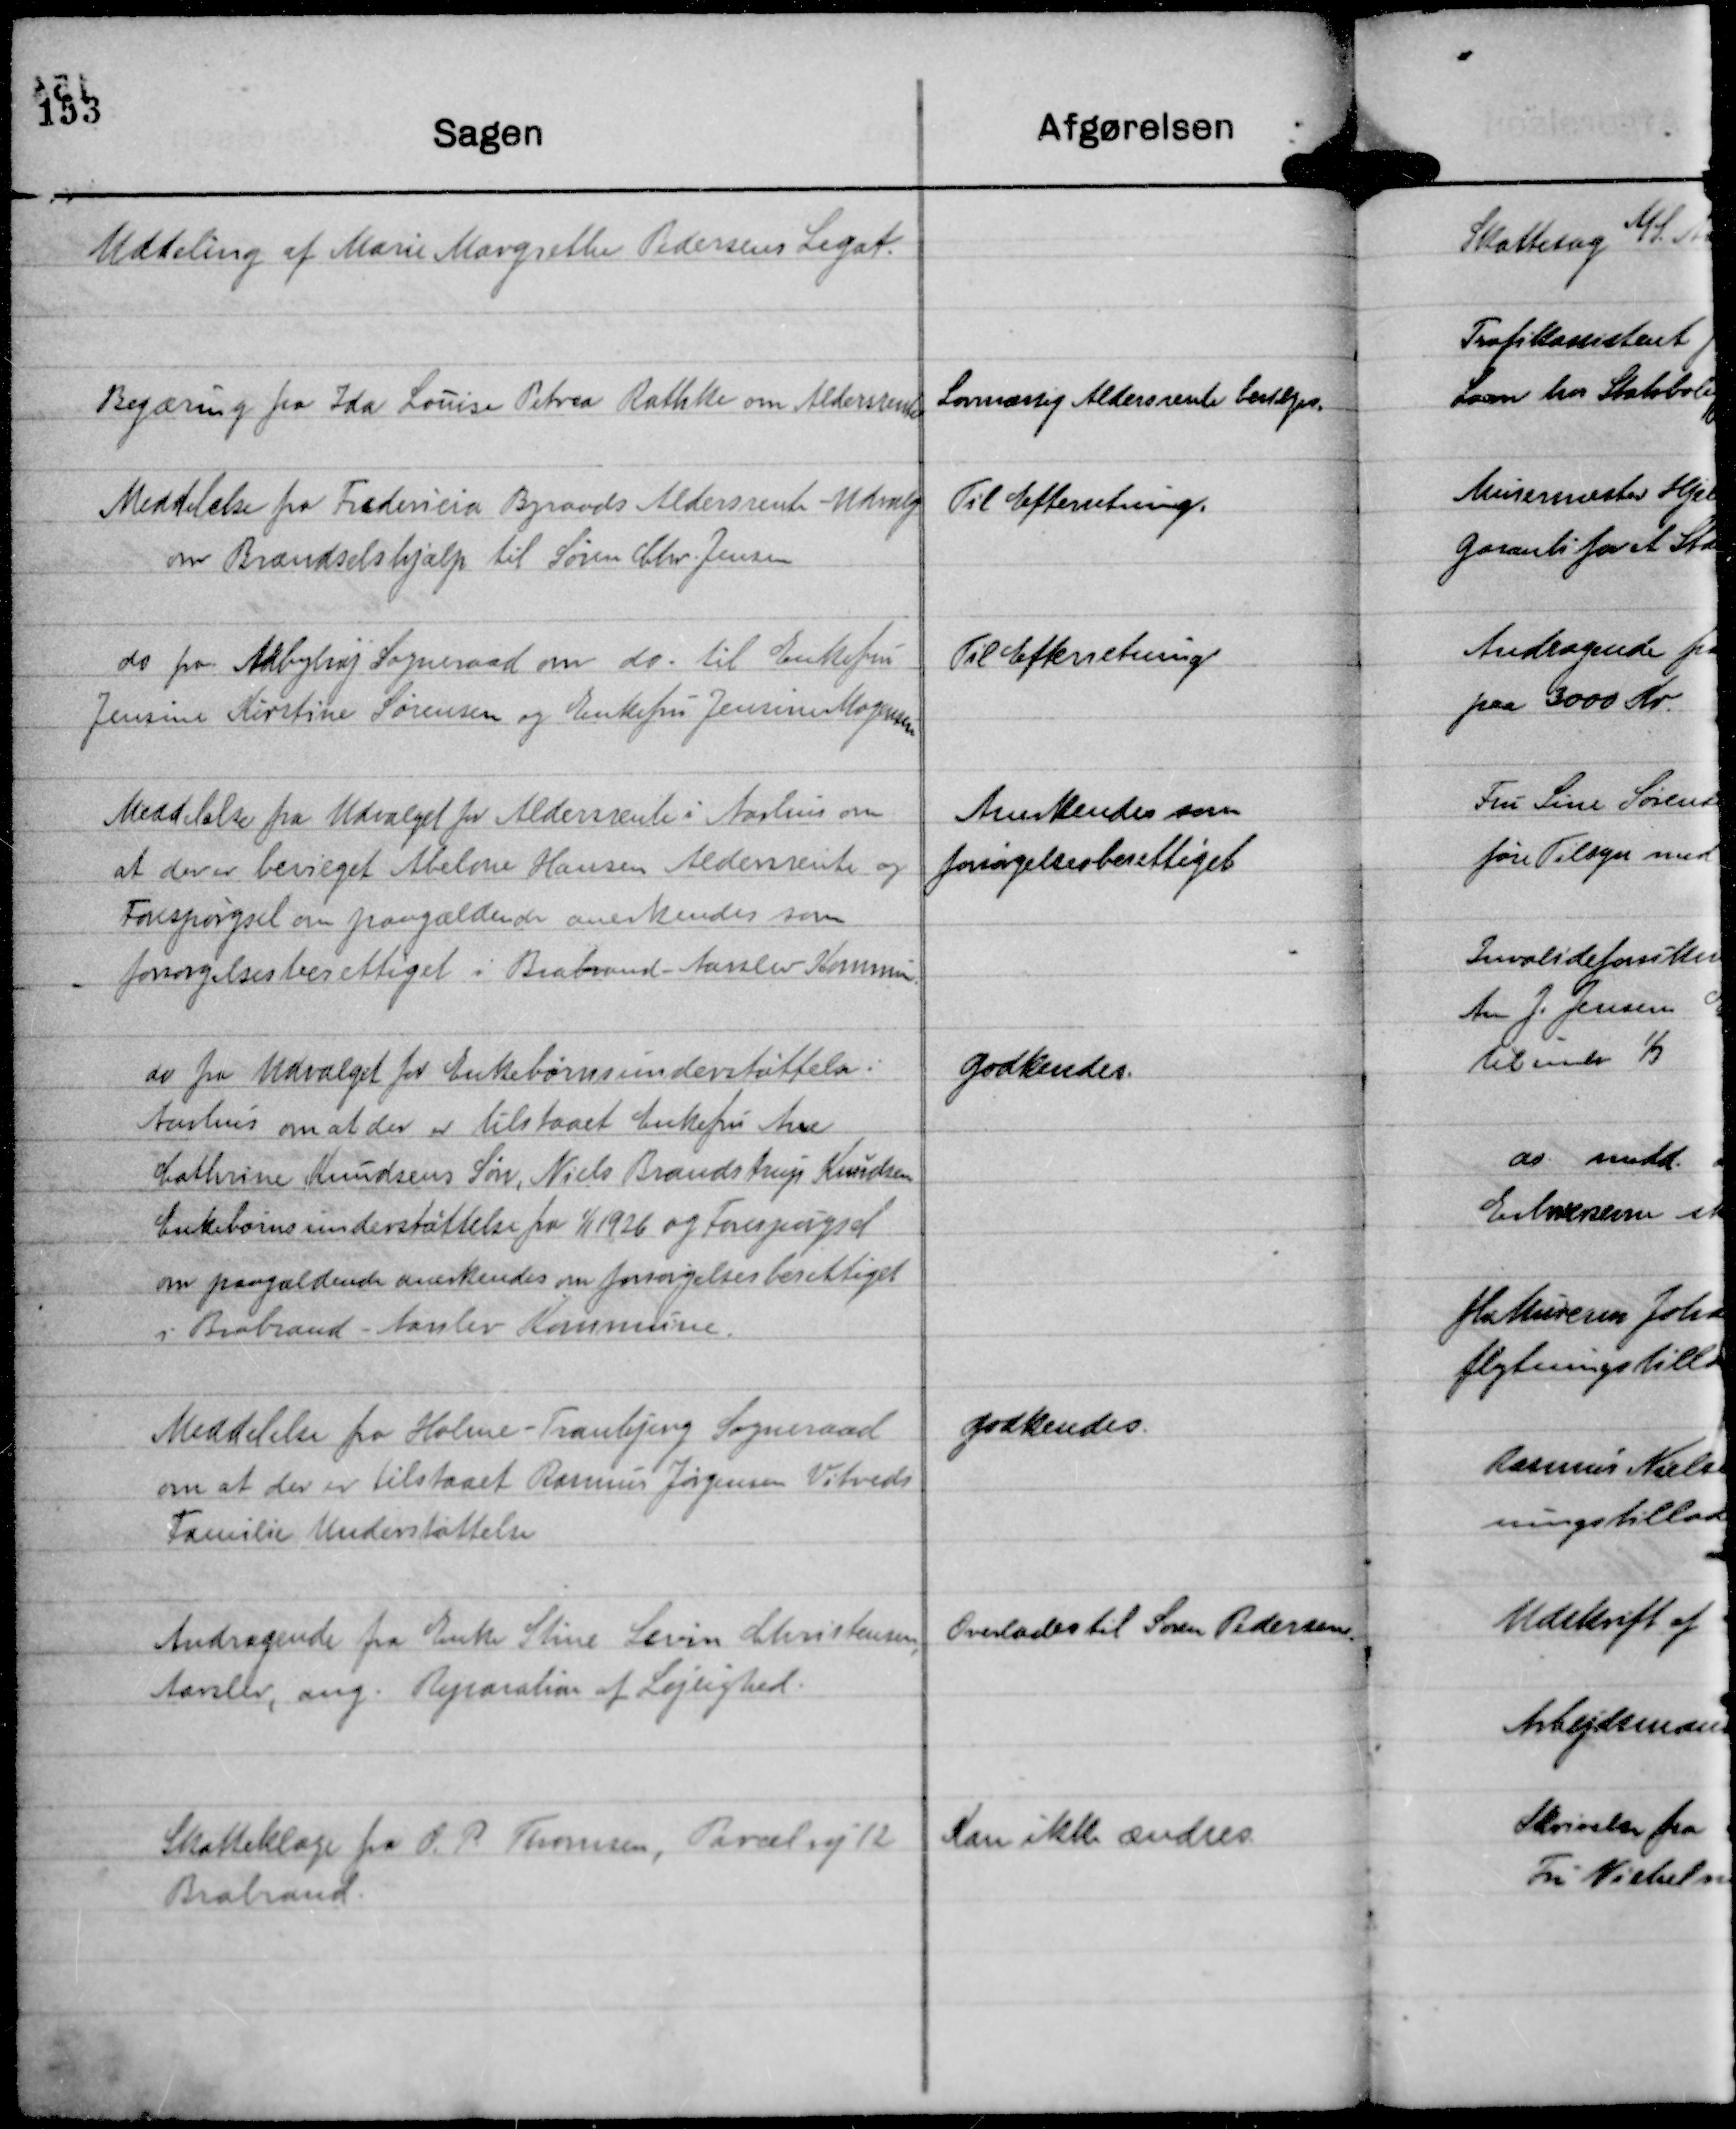
Transskription:
Uddeling af Marie Margrethe Pedersens Legat.

Begæring fra Ida Louise Petrea Rathke om Aldersrente

Lovmæssig Aldersrente bevilges.

Meddelelse fra Fredericia Byraads Alderrente - Udvalg
om Brændselshjælp til Søren Chr. Jensen

Til Efterretning.

do fra Aabyhøj Sogneraad om do. til Enkefru
Jensine Kirstine Sørensen og Enkefru Jensine Mogensen

Til Efterretning

Meddelelse fra Udvalget for Aldersrente i Aarhus om
at der er bevilget Abelone Hansen Aldersrente og
Forespørgsel om paagældende anerkendes som
forsørgelsesberettiget i Brabrand - Aarslev Kommu.

Anerkendes som
forsørgelsesberettiget

do fra Udvalget for Enkebørnsunderstøttelse i
Aarhus om at der er tilstaaet Enkefru Ane
Cathrine Knudsens Søn, Niels Brandstrup Knudsen
Enkebørnsunderstøttelse fra

1/1 1926 og Forespørgsel
om paagældende anerkendes om forsørgelsesberettiget
i Brabrand - Aarslev Kommune.

Godkendes.

Meddelelse fra Holme - Tranbjerg Sogneraad
om at der er tilstaaet Rasmus Jørgensen Vitveds
Familie Understøttelse

Godkendes.

Andragende fra Enke Stine Levin Christensen,
Aarslev, ang. Reparation af Lejlighed.

Overlades til Søren Pedersen.

Skatteklage fra O. P. Thomsen, Parcelvej 12
Brabrand.

Kan ikke ændres.